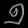
Digit: ၅